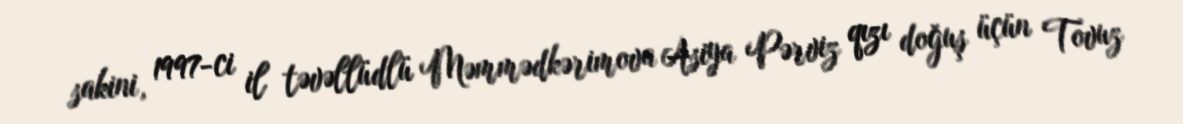
sakini, 1997-ci il təvəllüdlü Məmmədkərimova Asiya Pərviz qızı doğuş üçün Tovuz